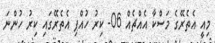
މިއީ އެތެރޭގެ މަސްކާ އެއްޗެއް 06- ކިރު ހުއްޕި އެތެރޭގައި ކިރު ހުންނަ